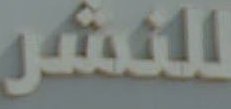
للنشر